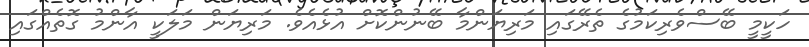
ހަކީމީ ބޭސްވެރިކަމުގެ ތެރޭގައި މަރިޔަންމާ ބޭނުންކޮށް އުޅެއެވެ. މަރިޔަން މަލަކީ އާންމު ގޮތެއްގައި